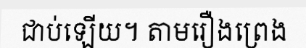
ជាប់ឡើយ។ តាមរឿងព្រេង